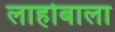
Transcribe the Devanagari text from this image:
लाहोबाला